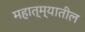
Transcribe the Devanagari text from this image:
महात्म्यातील